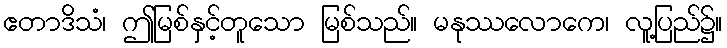
ဧတာဒိသံ၊ ဤမြစ်နှင့်တူသော မြစ်သည်။ မနုဿလောကေ၊ လူ့ပြည်၌။